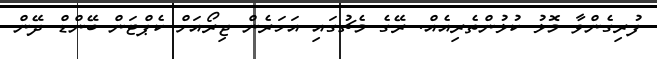
ފުރިގެންވާ މޮޅު ކުޅުންތެރިއެއް. ރޭގެ މެޗުގައި އަހަރެން ޖިރޯއަށް ކެޕްޓަން ބޭންޑް ދޭން